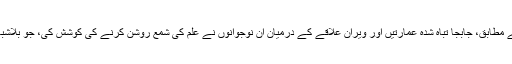
مائیک تھامسن کے مطابق، جابجا تباہ شدہ عمارتیں اور ویران علاقے کے درمیان ان نوجوانوں نے علم کی شمع روشن کرنے کی کوشش کی، جو بلاشبہ قابل ستائش تھی۔